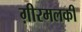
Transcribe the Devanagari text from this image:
ग़ीरमलकी